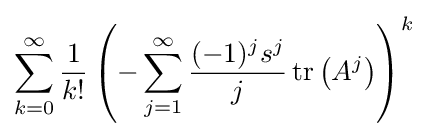
\sum _{k=0}^{\infty }{\frac {1}{k!}}\left(-\sum _{j=1}^{\infty }{\frac {(-1)^{j}s^{j}}{j}}\operatorname {tr} \left(A^{j}\right)\right)^{k}